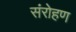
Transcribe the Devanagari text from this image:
संरोहण